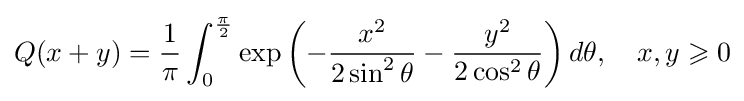
Q(x+y)={\frac {1}{\pi }}\int _{0}^{\frac {\pi }{2}}\exp \left(-{\frac {x^{2}}{2\sin ^{2}\theta }}-{\frac {y^{2}}{2\cos ^{2}\theta }}\right)d\theta ,\quad x,y\geqslant 0